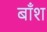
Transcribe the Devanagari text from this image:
बाँश